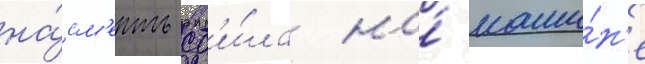
на́см'ерть сб'и́ла на́ маши́н'е